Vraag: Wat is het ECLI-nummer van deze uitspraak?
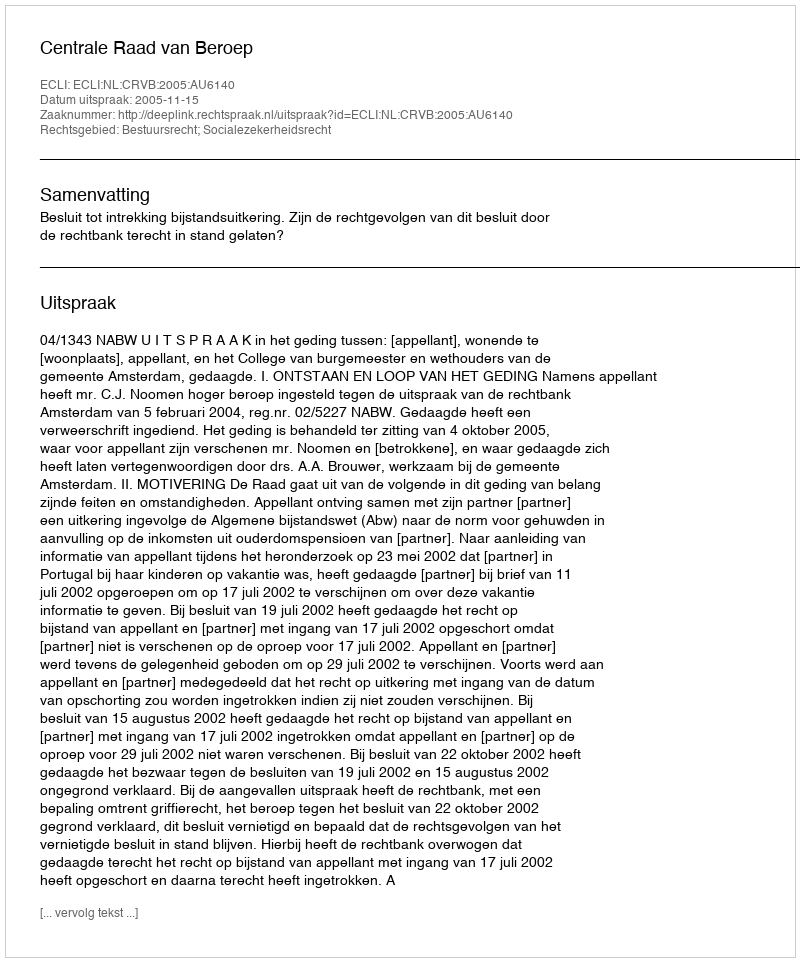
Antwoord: ECLI:NL:CRVB:2005:AU6140